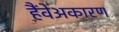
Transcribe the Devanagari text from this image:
हैंवेअकारण